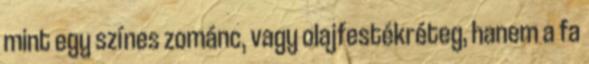
mint egy színes zománc, vagy olajfestékréteg, hanem a fa